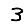
Digit: 3